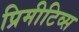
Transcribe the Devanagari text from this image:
प्रिमीटिव्स